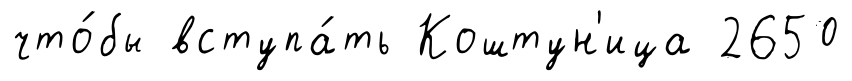
что́бы вступа́ть Коштун'ица 2650